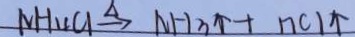
N H _ { 4 } C l \xrightarrow { \Delta } N H _ { 3 } \uparrow + n C l \uparrow